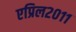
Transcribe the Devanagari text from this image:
एप्रिल२०११